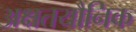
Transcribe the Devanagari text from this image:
अक्षतयौनिक